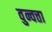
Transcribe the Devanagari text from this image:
वुन्वत्ता